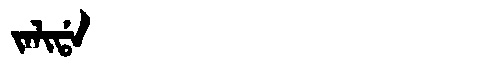
Manchu: ᠵᠠᠯᡳᡩᠠ
Romanization: JALIDA